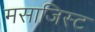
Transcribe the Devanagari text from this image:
मसाजिस्ट